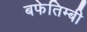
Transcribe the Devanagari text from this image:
बफेतिम्बी